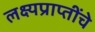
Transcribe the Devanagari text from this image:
लक्ष्यप्राप्तींचे